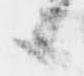
候